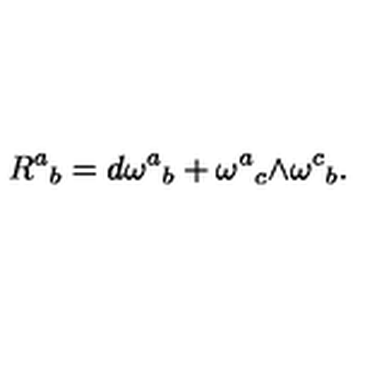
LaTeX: { R ^ { a } } _ { b } = { d \omega ^ { a } } _ { b } + { \omega ^ { a } } _ { c } \mathrm { \tiny \wedge } { \omega ^ { c } } _ { b } .